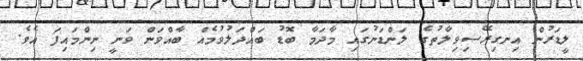
ލީޑަރުން އިނގިރޭސިވިލާތުގެ ލަންޑަނުގައި މާދަމާ ބޮޑު ބައްދަލުވުމެއް ބާއްވަން ވަނީ ނިންމައިފަ އެވެ.